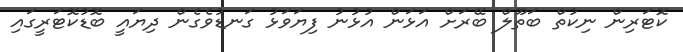
ކޮަޓަރިން ނިކުތް ބަތޫލް ބޭރަށް އަޅަން އުޅުނު ފިޔަވަޅު ގަނޑުވެގެން ދިޔައީ ބޮޑުކޮޓަރީގައި